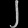
Digit: ၂